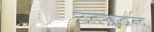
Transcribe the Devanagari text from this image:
उतराखन्द